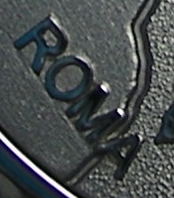
ROMA